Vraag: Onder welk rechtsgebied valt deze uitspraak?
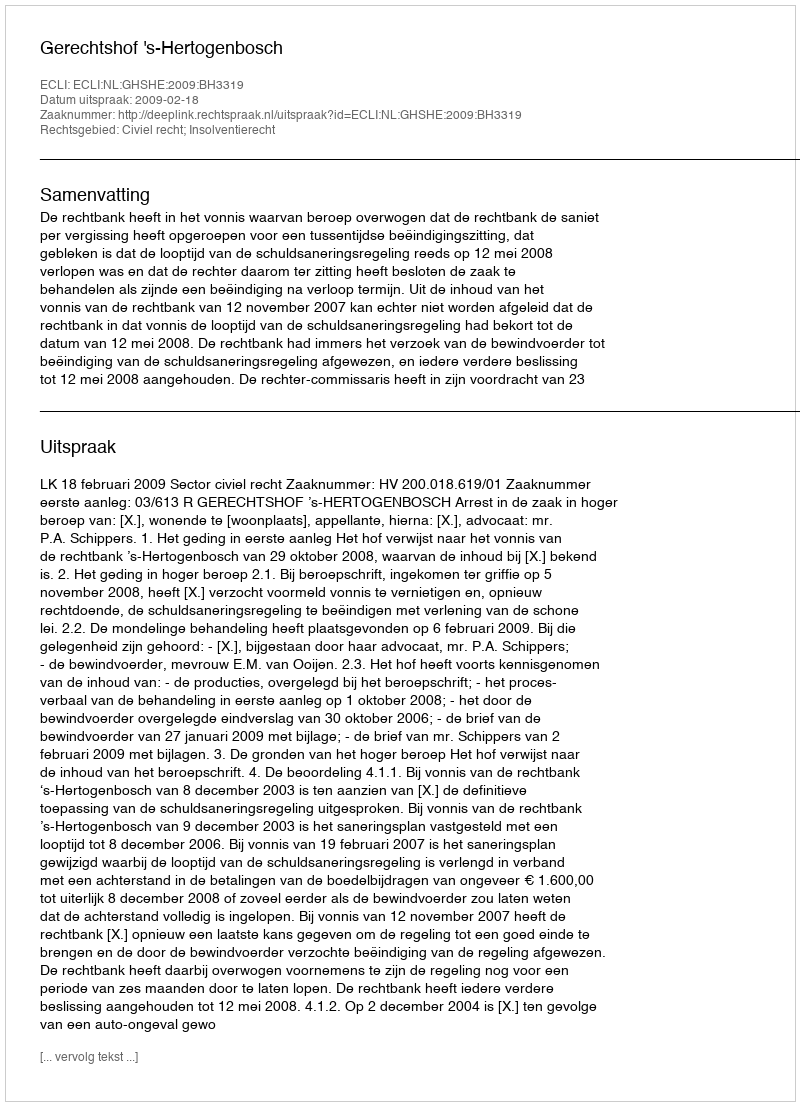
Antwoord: Civiel recht; Insolventierecht